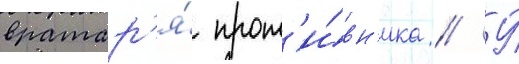
вратар'я́ прот'и́вн'ика // У́